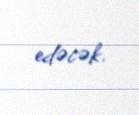
edəcək.